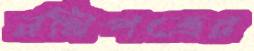
নথিপত্রের